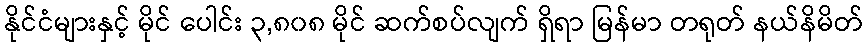
နိုင်ငံများနှင့် မိုင် ပေါင်း ၃,၈၀၈ မိုင် ဆက်စပ်လျက် ရှိရာ မြန်မာ တရုတ် နယ်နိမိတ်